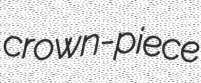
crown-piece